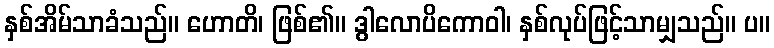
နှစ်အိမ်သာခံသည်။ ဟောတိ၊ ဖြစ်၏။ ဒွါလောပိကောဝါ၊ နှစ်လုပ်ဖြင့်သာမျှသည်။ ပ။